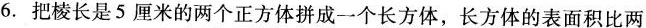
6.把棱长是5厘米的两个正方体拼成一个长方体，长方体的表面积比两